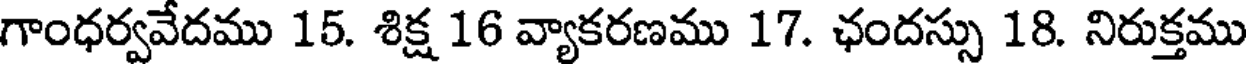
గాంధర్వవేదము 15. శిక్ష 16 వ్యాకరణము 17. ఛందస్సు 18. నిరుక్తము